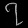
Digit: ၇